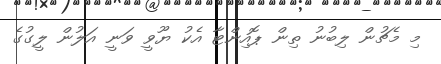
މި މެޗުން ލިބުނު ތިން ޕޮއިންޓާ އެކު ޔޫވީ ވަނީ އަލުން ލީގުގެ